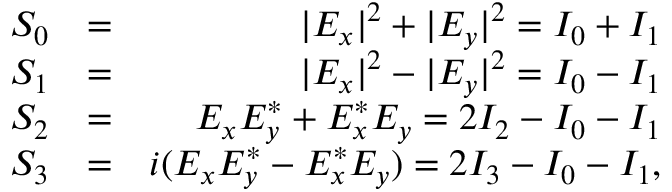
\begin{array} { r l r } { S _ { 0 } } & { = } & { | E _ { x } | ^ { 2 } + | E _ { y } | ^ { 2 } = I _ { 0 } + I _ { 1 } } \\ { S _ { 1 } } & { = } & { | E _ { x } | ^ { 2 } - | E _ { y } | ^ { 2 } = I _ { 0 } - I _ { 1 } } \\ { S _ { 2 } } & { = } & { E _ { x } E _ { y } ^ { * } + E _ { x } ^ { * } E _ { y } = 2 I _ { 2 } - I _ { 0 } - I _ { 1 } } \\ { S _ { 3 } } & { = } & { i ( E _ { x } E _ { y } ^ { * } - E _ { x } ^ { * } E _ { y } ) = 2 I _ { 3 } - I _ { 0 } - I _ { 1 } , } \end{array}